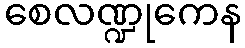
စေလဏ္ဍုကေန